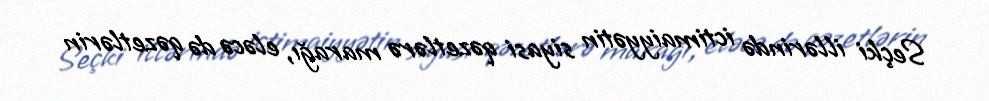
Seçki illərində ictimaiyyətin siyasi qəzetlərə marağı, eləcə də qəzetlərin